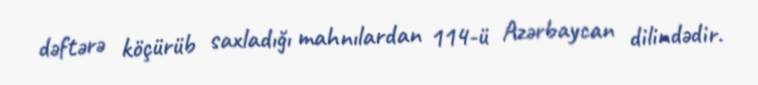
dəftərə köçürüb saxladığı mahnılardan 114-ü Azərbaycan dilindədir.